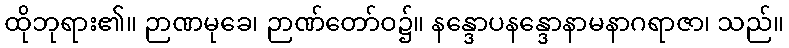
ထိုဘုရား၏။ ဉာဏမုခေ၊ ဉာဏ်တော်ဝ၌။ နန္ဒောပနန္ဒောနာမနာဂရာဇာ၊ သည်။